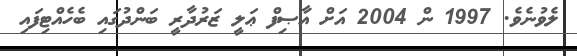
ލެވުނެވެ. 1997 ން 2004 އަށް އާޞިފް ޢަލީ ޒަރުދާރީ ބަންދުގައި ބެހެއްޓިފައި